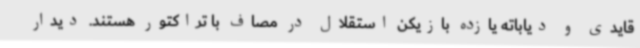
قایدی و دیاباته یازده بازیکن استقلال در مصاف با تراکتور هستند. دیدار